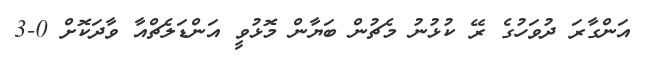
އަންގާރަ ދުވަހުގެ ރޭ ކުޅުނު މެޗުން ބަޔާން މޮޅުވީ އަންޑަލެޗްއާ ވާދަކޮށް 0-3